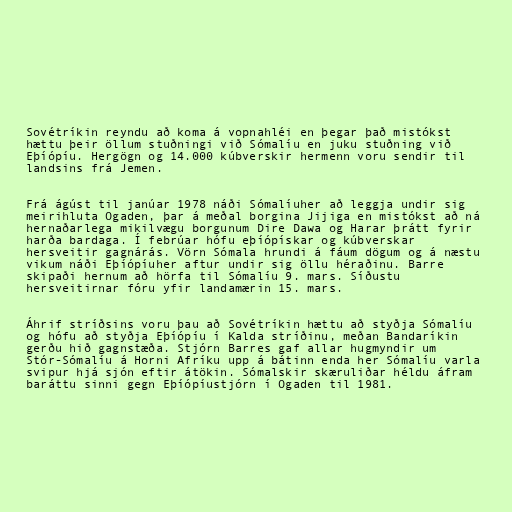
Sovétríkin reyndu að koma á vopnahléi en þegar það mistókst
hættu þeir öllum stuðningi við Sómalíu en juku stuðning við
Eþíópíu. Hergögn og 14.000 kúbverskir hermenn voru sendir til
landsins frá Jemen.

Frá ágúst til janúar 1978 náði Sómalíuher að leggja undir sig
meirihluta Ogaden, þar á meðal borgina Jijiga en mistókst að ná
hernaðarlega mikilvægu borgunum Dire Dawa og Harar þrátt fyrir
harða bardaga. Í febrúar hófu eþíópískar og kúbverskar
hersveitir gagnárás. Vörn Sómala hrundi á fáum dögum og á næstu
vikum náði Eþíópíuher aftur undir sig öllu héraðinu. Barre
skipaði hernum að hörfa til Sómalíu 9. mars. Síðustu
hersveitirnar fóru yfir landamærin 15. mars.

Áhrif stríðsins voru þau að Sovétríkin hættu að styðja Sómalíu
og hófu að styðja Eþíópíu í Kalda stríðinu, meðan Bandaríkin
gerðu hið gagnstæða. Stjórn Barres gaf allar hugmyndir um
Stór-Sómalíu á Horni Afríku upp á bátinn enda her Sómalíu varla
svipur hjá sjón eftir átökin. Sómalskir skæruliðar héldu áfram
baráttu sinni gegn Eþíópíustjórn í Ogaden til 1981.